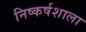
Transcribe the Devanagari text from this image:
निष्कर्षशाला